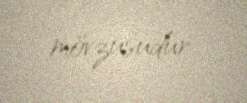
mövzusudur.